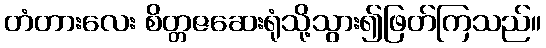
တံတားလေး စိတ္တဇဆေးရုံသို့သွား၍ဖြတ်ကြသည်။